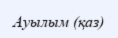
Ауылым (қаз)